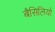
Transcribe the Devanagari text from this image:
बैसिलियो